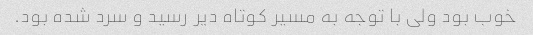
خوب بود ولی با توجه به مسیر کوتاه دیر رسید و سرد شده بود.